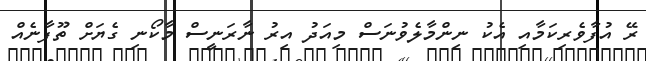
ރޭ އުފާވެރިކަމާއި އެކު ނިންމާލެވުނަސް މިއަދު އިރު ނާރަނީސް މާކޯނި ގެޔަށް ތޫފާނެއް